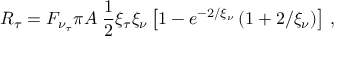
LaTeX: R _ { \tau } = F _ { \nu _ { \tau } } \pi A \; \frac { 1 } { 2 } \xi _ { \tau } \xi _ { \nu } \left[ 1 - e ^ { - 2 / \xi _ { \nu } } \left( 1 + 2 / \xi _ { \nu } \right) \right] \, ,